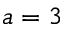
a = 3